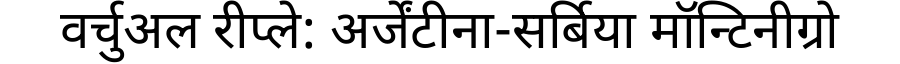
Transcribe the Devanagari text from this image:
वर्चुअल रीप्ले: अर्जेंटीना-सर्बिया मॉन्टिनीग्रो